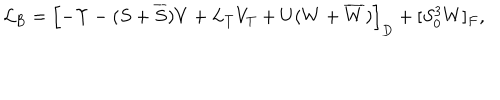
LaTeX: { \cal L } _ { \mathrm { B } } = \left[ - \Upsilon - ( S + \overline { { S } } ) V + L _ { T } V _ { T } + U ( W + \overline { { W } } ) \right] _ { D } + [ S _ { 0 } ^ { 3 } W ] _ { F } ,